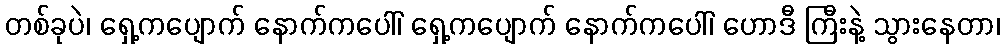
တစ်ခုပဲ၊ ရှေ့ကပျောက် နောက်ကပေါ်၊ ရှေ့ကပျောက် နောက်ကပေါ်၊ ဟောဒီ ကြီးနဲ့ သွားနေတာ၊